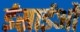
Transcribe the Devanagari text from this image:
ईसाईओं